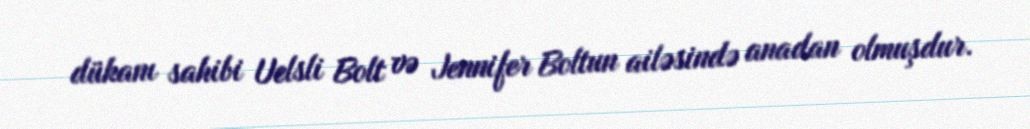
dükanı sahibi Uelsli Bolt və Jennifer Boltun ailəsində anadan olmuşdur.